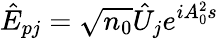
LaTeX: \hat{E}_{pj}=\sqrt{n_{0}}\hat{U}_{j}e^{iA_{0}^{2}s}